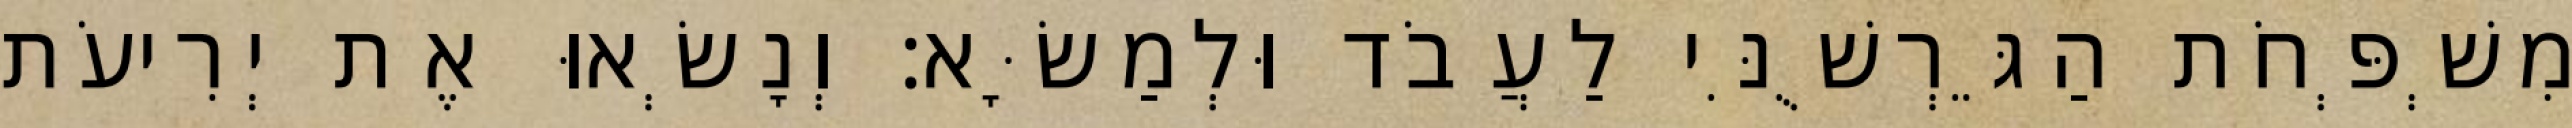
מִשְׁפְּחֹת הַגֵּרְשֻׁנִּי לַעֲבֹד וּלְמַשָּׂא׃ וְנָשְׂאוּ אֶת יְרִיעֹת